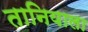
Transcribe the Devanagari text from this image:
तानियाला